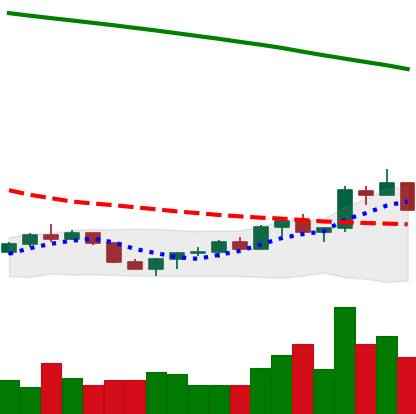
Ticker: EOS-USD
Chart end date: 2022-07-25
Forward return: 17.394%
Label: up_7plus